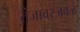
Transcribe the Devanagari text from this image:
तंजावरजवळ